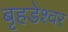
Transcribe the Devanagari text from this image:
बृहडेश्वर